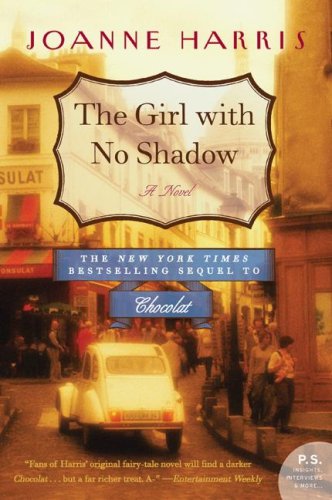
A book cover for The Girl with No Shadow: A Novel (P.S.); Joanne Harris; Literature & Fiction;